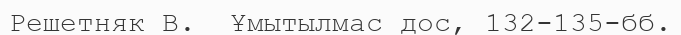
Решетняк В.  Ұмытылмас дос, 132-135-бб.